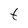
Character: t